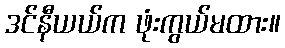
ဒင်နီယယ်က ဖုံးကွယ်မထား။